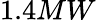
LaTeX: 1.4MW